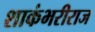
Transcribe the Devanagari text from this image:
शाकंभरीराज